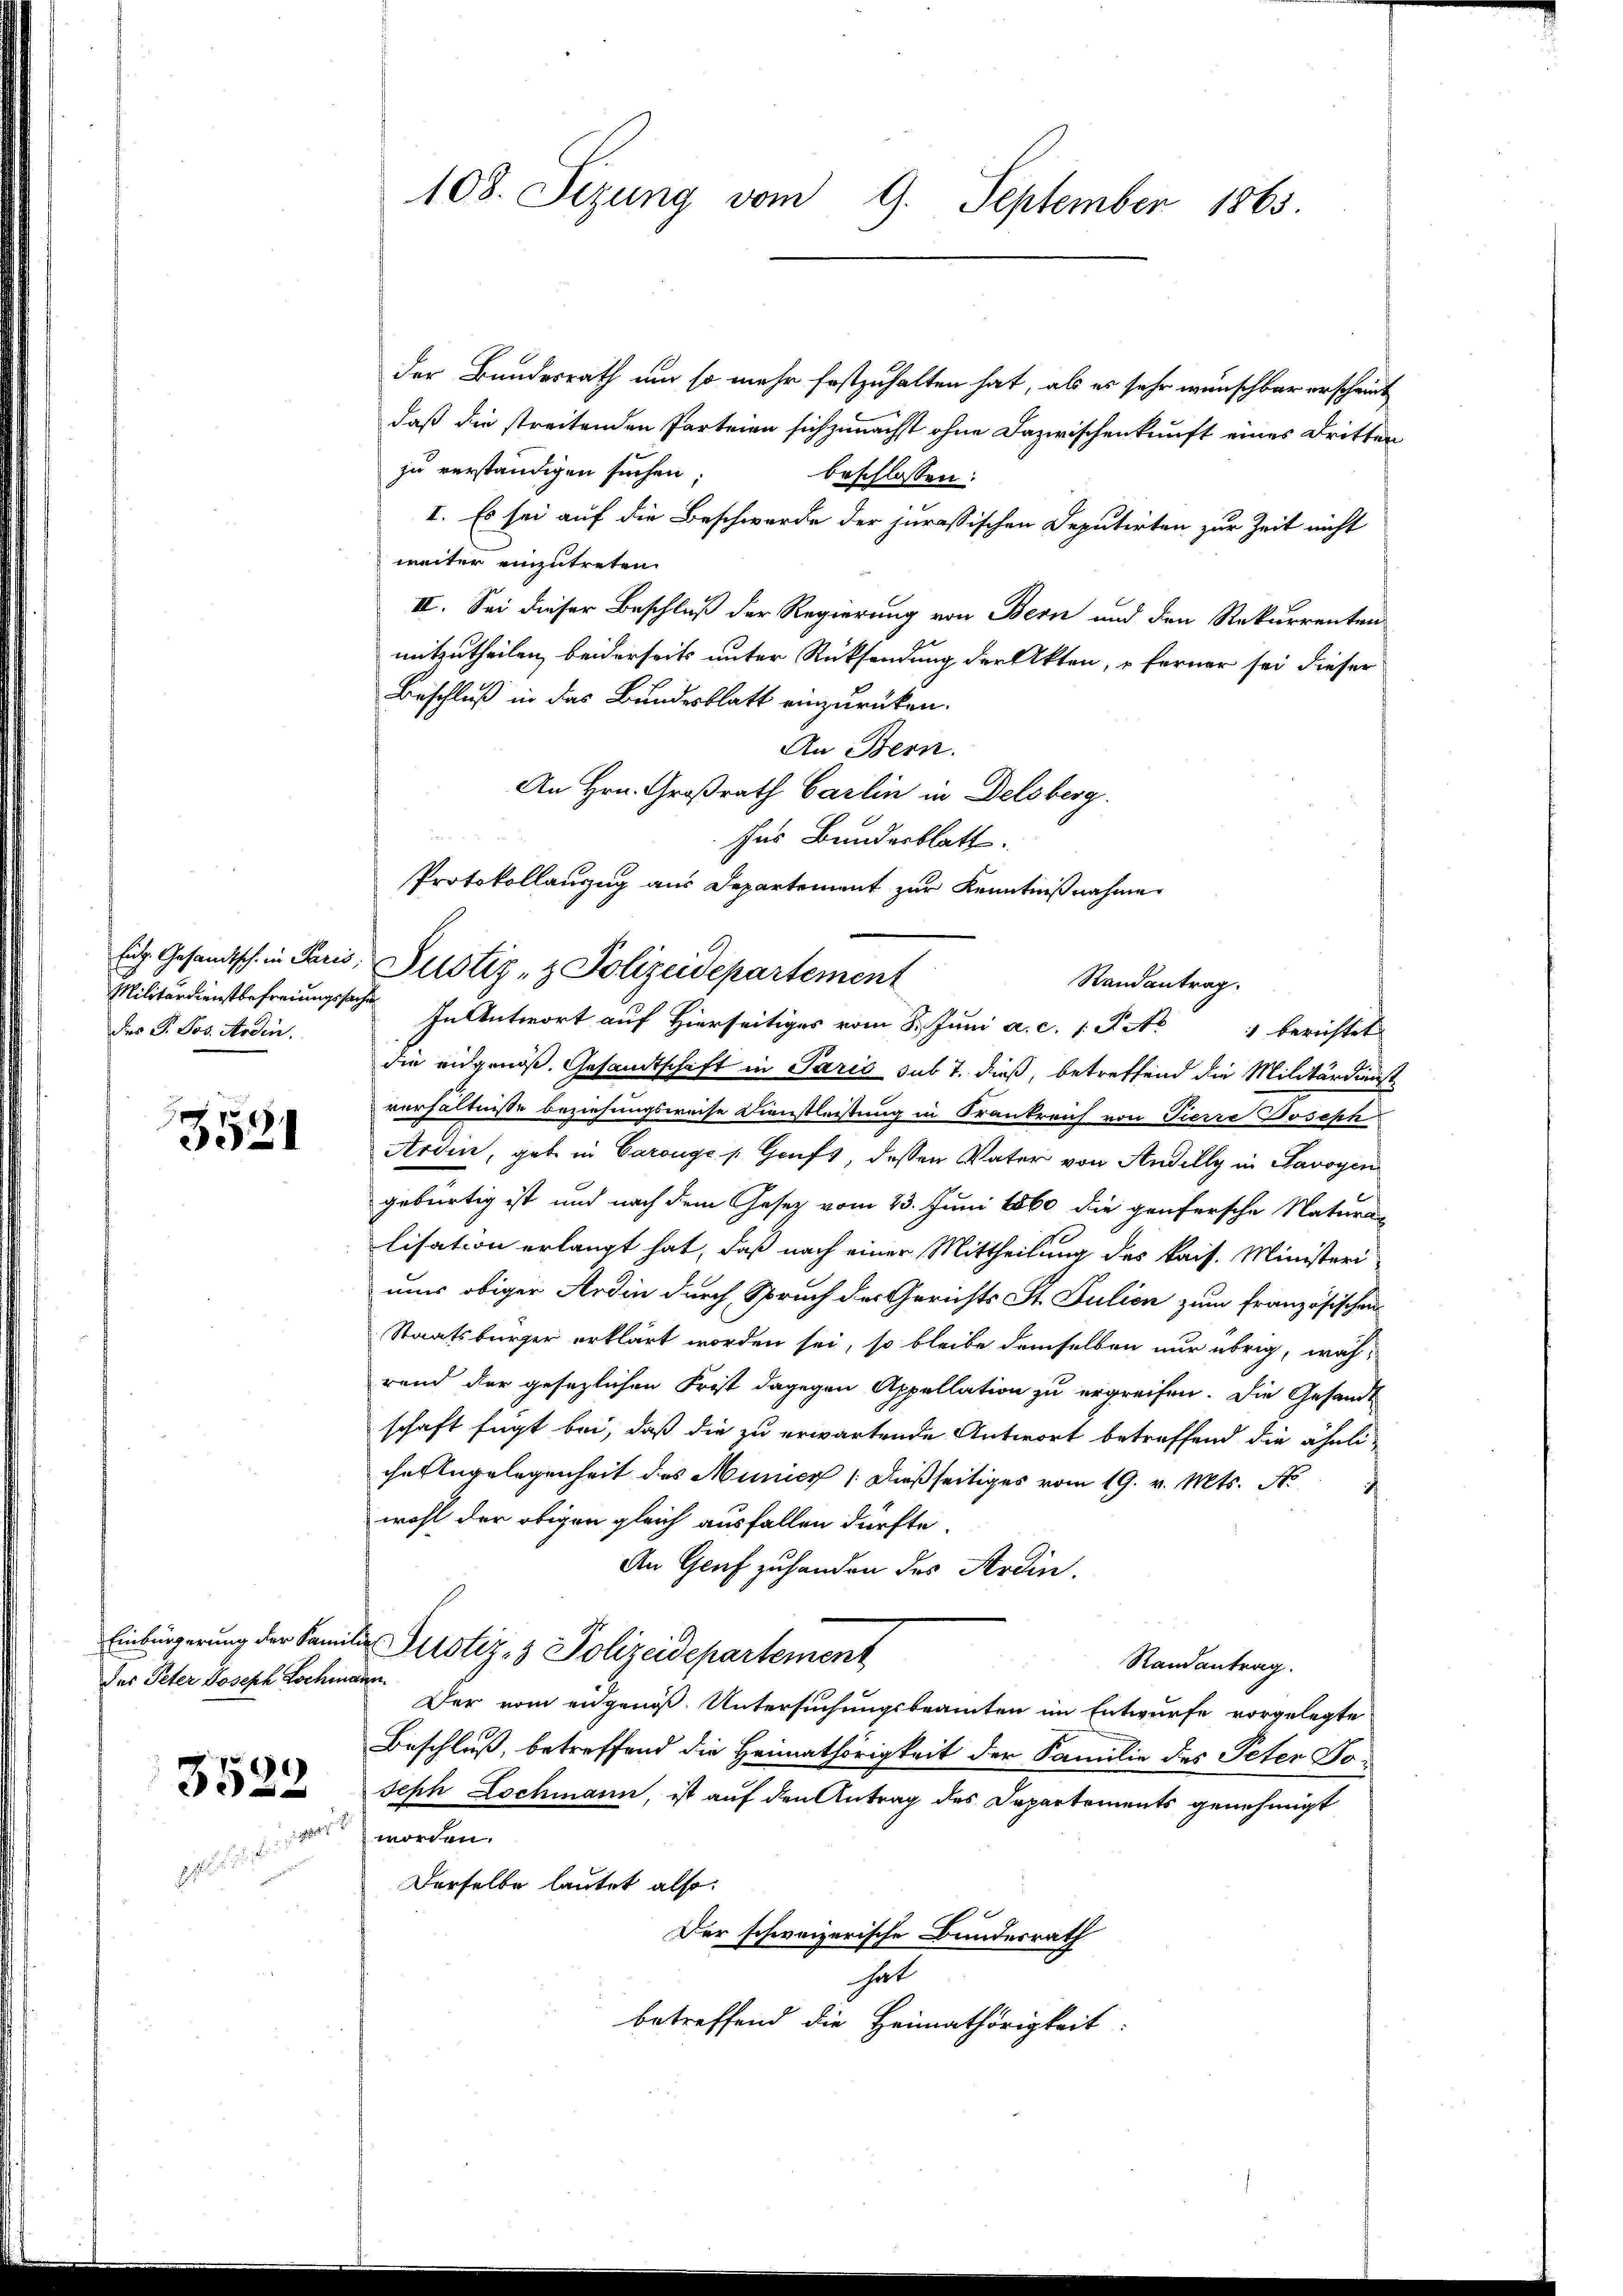
des P. Jos. Ardin.

3521

Das Peter Joseph Lochmann.

3523

108. Sizung vom 9. September 1865.

der Bundesrath um so mehr festzuhalten hat, als es sehr wünschbar erscheint
daß die streitenden Parteien sich zunächst ohne Dazwischenkunft eines Dritten
zu verständigen suchen:
beschlossen:
I. Es sei auf die Beschwerde der jurassischen Deputirten zur Zeit nicht
weiter einzutreten.
II. Sei dieser Beschluß der Regierung von Bern und den Rekurrenten
mitzutheilen, beiderseits unter Rücksendung der Akten, ferner sei dieser
Beschluß in das Bundesblatt einzurücken.
An Bern.
An Hrn. Großrath Carlin in Delsberg.
Ins Bundesblatt.
Protokollanzug aus Departement zur Kenntnißnahme
die eidgenoß. Gesandtschaft in Paris sub 7. dieß, betreffend die Militärdienst
verhältnisse beziehungsweise Dienstleistung in Krankreich von Pierre Joseph
Arden, gebe in Garanges Gruft, dessen Vater von Andilly in Savoyen
gebürtig ist und nach dem Gesetz vom 23. Juni 1860 die prüfersche Natura-
lisation erlangt hat, daß nach einer Mittheilung des kais. Ministeri
uus obiger Ardin durch Spruch der Gerichts St. Julien zum französischen
Staatsbürger erklärt worden sei, so bleibe demselben nur übrig, wäh-
rend der gesezlichen Frist dagegen Appellation zu ergreifen. Die Gesandt
schaft fügt bei, daß die zu erwartende Antwort betreffend die ähnliches Engelegenheit des Munici / dießseitiges vom 19. v. Mts. N
wohl der obigen gleich ausfallen dürfte.
An Genf zuhanden des Ardin.
Einbürgerung der Familie Pustiz- & Polizeidepartement
Randantrag.
Der vom eidgenoß. Untersuchungsbeamten im Entwurfe vorgelegte
Beschluß, betreffend die Heimathörigkeit der Familie des Peten Toseph Lochmann, ist auf den Antrag des Dapartements genehmigt
worden.
Derselbe lautet also:
Der schweizerische Bundesrath
hat
betreffend die Heimathörigkeit:

Eidg. Gesandtsch. in Paris, Justiz & Polizeidepartement

Randantrag.
Militärdienstbefreiungssache In Antwort auf Hierseitig vom 8. Juni a. c. 1 Pkt. 1 berichtet